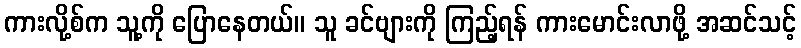
ကားလို့စ်က သူ့ကို ပြောနေတယ်။ သူ ခင်ဗျားကို ကြည့်ရန် ကားမောင်းလာဖို့ အဆင်သင့်